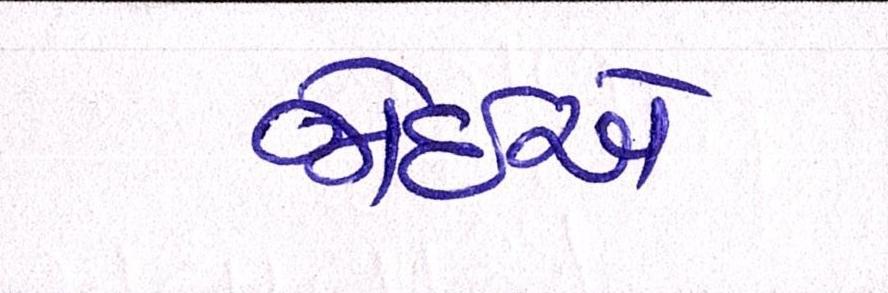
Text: જોઇએ